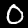
Digit: 0